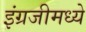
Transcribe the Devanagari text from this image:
इंग्रजीमध्‍ये